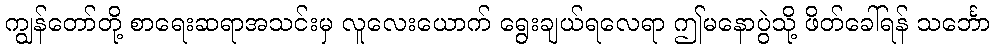
ကျွန်တော်တို့ စာရေးဆရာအသင်းမှ လူလေးယောက် ရွေးချယ်ရလေရာ ဤမနောပွဲသို့ ဖိတ်ခေါ်ရန် သင်္ဘော